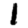
Digit: 1